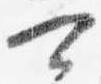
可